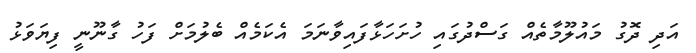
އަދި ދޮގު މައުލޫމާތެއް ގަސްދުގައި ހުށަހަޅާފައިވާނަމަ އެކަމެއް ބެލުމަށް ފަހު ގާނޫނީ ފިޔަވަޅު